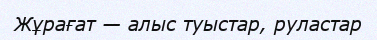
Жұрағат — алыс туыстар, руластар